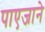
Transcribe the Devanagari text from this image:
पाएजाने